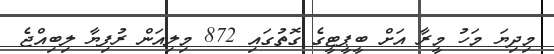
މިދިޔަ މަހު މީރާ އަށް ބީޕީޓީގެ ގޮތުގައި 872 މިލިއަން ރުފިޔާ ލިބިއްޖެ